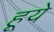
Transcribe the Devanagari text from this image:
हूये